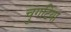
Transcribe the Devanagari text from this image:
चुंगटिया